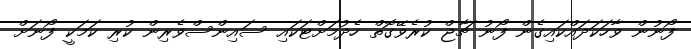
ފޯނުން ވާހަކަދައްކައިގެން ފޯނު ޗާޖް ކުރެވޭގޮތް ހެދުމަށްޓަކައި ސައިންސްވެރިން ކުރި ކަމަކީ ފޯނަށް